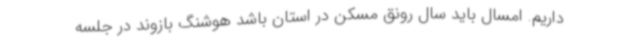
داریم. امسال باید سال رونق مسکن در استان باشد هوشنگ بازوند در جلسه